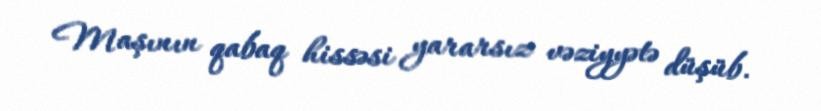
Maşının qabaq hissəsi yararsız vəziyyətə düşüb.